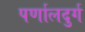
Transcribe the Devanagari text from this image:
पर्णालदुर्ग